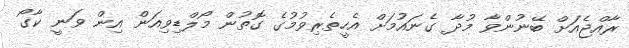
ރާއްޖެއަށް ބޭނުންވާ މުދާ ގެނައުމަށް އެހީތެރިވުމުގެ ގޮތުން މޯލްޑިވިއަން އިން ވަނީ ކާގޯ